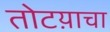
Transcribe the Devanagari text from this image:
तोटय़ाचा